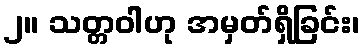
၂။ သတ္တဝါဟု အမှတ်ရှိခြင်း၊